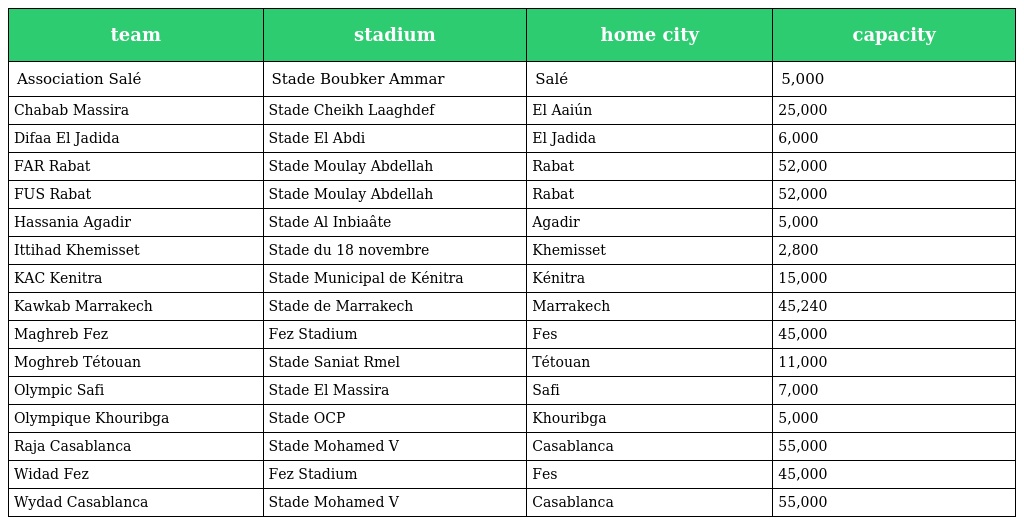
| team | stadium | home city | capacity |
 | --- | --- | --- | --- |
 | Association Salé | Stade Boubker Ammar | Salé | 5,000 |
 | Chabab Massira | Stade Cheikh Laaghdef | El Aaiún | 25,000 |
 | Difaa El Jadida | Stade El Abdi | El Jadida | 6,000 |
 | FAR Rabat | Stade Moulay Abdellah | Rabat | 52,000 |
 | FUS Rabat | Stade Moulay Abdellah | Rabat | 52,000 |
 | Hassania Agadir | Stade Al Inbiaâte | Agadir | 5,000 |
 | Ittihad Khemisset | Stade du 18 novembre | Khemisset | 2,800 |
 | KAC Kenitra | Stade Municipal de Kénitra | Kénitra | 15,000 |
 | Kawkab Marrakech | Stade de Marrakech | Marrakech | 45,240 |
 | Maghreb Fez | Fez Stadium | Fes | 45,000 |
 | Moghreb Tétouan | Stade Saniat Rmel | Tétouan | 11,000 |
 | Olympic Safi | Stade El Massira | Safi | 7,000 |
 | Olympique Khouribga | Stade OCP | Khouribga | 5,000 |
 | Raja Casablanca | Stade Mohamed V | Casablanca | 55,000 |
 | Widad Fez | Fez Stadium | Fes | 45,000 |
 | Wydad Casablanca | Stade Mohamed V | Casablanca | 55,000 |